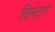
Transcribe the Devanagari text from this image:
बिलेट्स